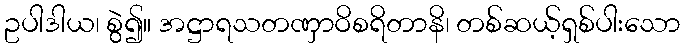
ဥပါဒါယ၊ စွဲ၍။ အဋ္ဌာရသတဏှာဝိစရိတာနိ၊ တစ်ဆယ့်ရှစ်ပါးသော